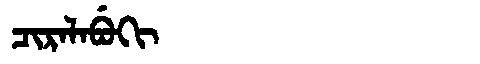
Manchu: ᠴᡳᡵᠠᠯᠠᠪᡠᡴᡳ
Romanization: CIRALABUKI